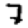
Digit: 7